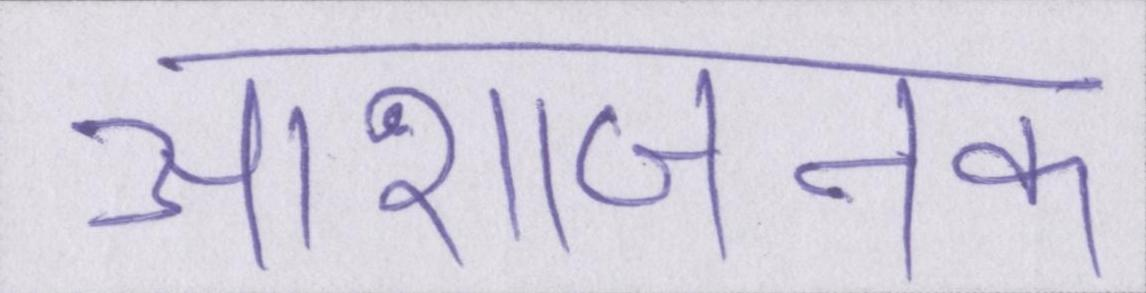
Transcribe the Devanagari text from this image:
आशाजनक